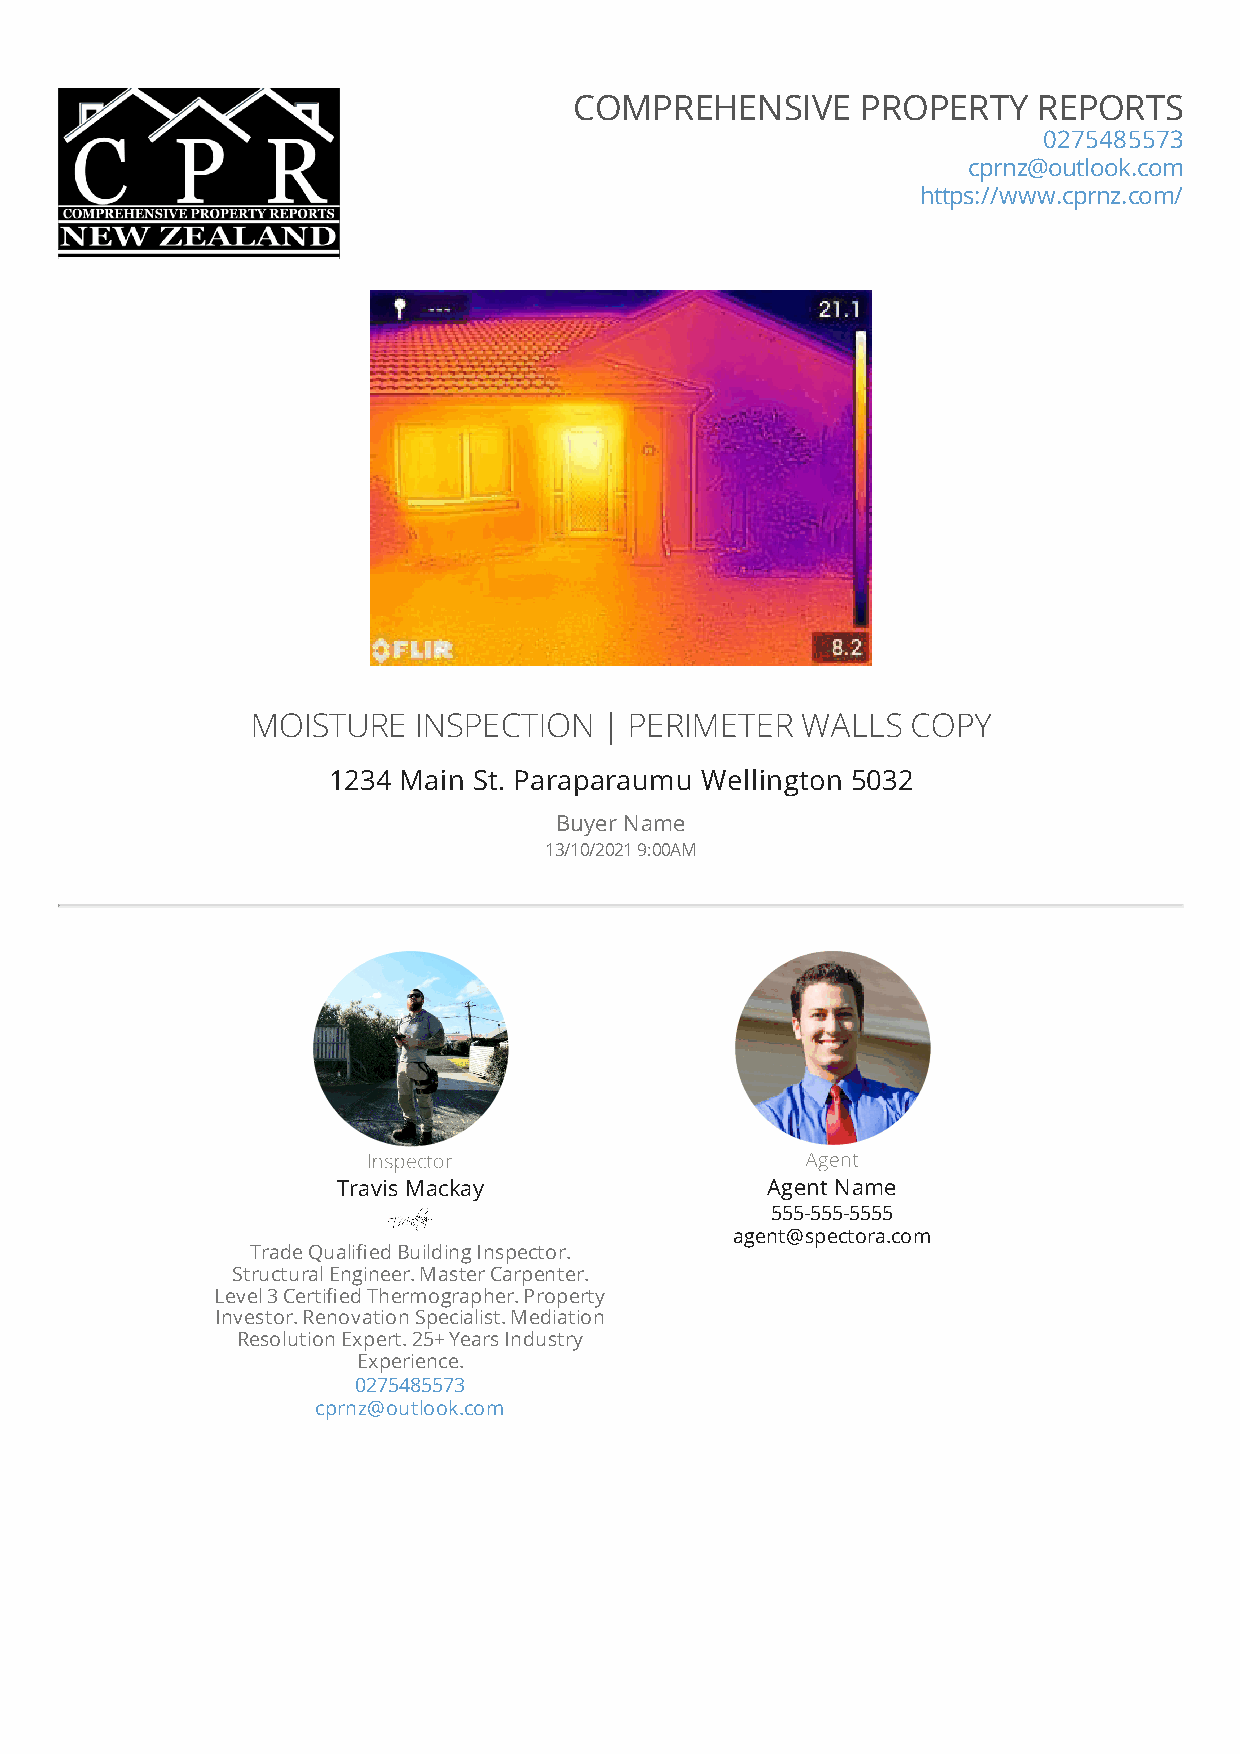
1234 Main St.                                                       Buyer Name
 COMPREHENSIVE      PROPERTY    REPORTS
 0275485573
 cprnz@outlook.com
 https://www.cprnz.com/
 MOISTURE  INSPECTION   | PERIMETER  WALLS  COPY
 1234 Main St. Paraparaumu Wellington 5032
 Buyer Name
 13/10/2021 9:00AM
 Inspector                    Agent
 Travis Mackay                Agent Name
 555-555-5555
 agent@spectora.com
 Trade Qualied Building Inspector.
 Structural Engineer. Master Carpenter.
 Level 3 Certied Thermographer. Property
 Investor. Renovation Specialist. Mediation
 Resolution Expert. 25+ Years Industry
 Experience.
 0275485573
 cprnz@outlook.com
 COMPREHENSIVE PROPERTY REPORTS LIMITED WWW.CPRNZ.COM | 0800 677 328 | CPRNZ@OUTLOOK.COM Page 1 of 127